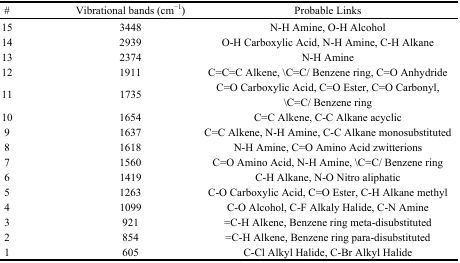
<table><thead><tr><td><b>#</b></td><td><b>Vibrational bands (cm<sup>−1</sup>)</b></td><td><b>Probable Links</b></td></tr></thead><tbody><tr><td>15</td><td>3448</td><td>N-H Amine, O-H Alcohol</td></tr><tr><td>14</td><td>2939</td><td>O-H Carboxylic Acid, N-H Amine, C-H Alkane</td></tr><tr><td>13</td><td>2374</td><td>N-H Amine</td></tr><tr><td>12</td><td>1911</td><td>C=C=C Alkene, \C=C/ Benzene ring, C=O Anhydride</td></tr><tr><td>11</td><td>1735</td><td>C=O Carboxylic Acid, C=O Ester, C=O Carbonyl, \C=C/ Benzene ring</td></tr><tr><td>10</td><td>1654</td><td>C=C Alkene, C-C Alkane acyclic</td></tr><tr><td>9</td><td>1637</td><td>C=C Alkene, N-H Amine, C-C Alkane monosubstituted</td></tr><tr><td>8</td><td>1618</td><td>N-H Amine, C=O Amino Acid zwitterions</td></tr><tr><td>7</td><td>1560</td><td>C=O Amino Acid, N-H Amine, \C=C/ Benzene ring</td></tr><tr><td>6</td><td>1419</td><td>C-H Alkane, N-O Nitro aliphatic</td></tr><tr><td>5</td><td>1263</td><td>C-O Carboxylic Acid, C=O Ester, C-H Alkane methyl</td></tr><tr><td>4</td><td>1099</td><td>C-O Alcohol, C-F Alkaly Halide, C-N Amine</td></tr><tr><td>3</td><td>921</td><td>=C-H Alkene, Benzene ring meta-disubstituted</td></tr><tr><td>2</td><td>854</td><td>=C-H Alkene, Benzene ring para-disubstituted</td></tr><tr><td>1</td><td>605</td><td>C-Cl Alkyl Halide, C-Br Alkyl Halide</td></tr></tbody></table>